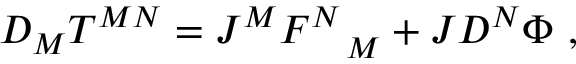
D _ { M } T ^ { M N } = J ^ { M } F _ { \quad M } ^ { N } + J D ^ { N } \Phi ~ ,